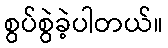
စွပ်စွဲခဲ့ပါတယ်။